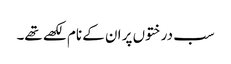
سب درختوں پر ان کے نام لکھے تھے۔